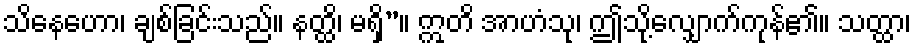
သိနေဟော၊ ချစ်ခြင်းသည်။ နတ္ထိ၊ မရှိ”။ ဣတိ အာဟံသု၊ ဤသို့လျှောက်ကုန်၏။ သတ္ထာ၊